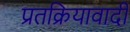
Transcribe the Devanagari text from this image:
प्रतक्रियावादी